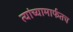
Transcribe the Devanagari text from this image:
त्यांच्यामार्फतच